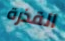
القذرة